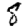
Digit: 8